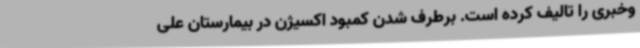
وخبری را تالیف کرده است‌. برطرف شدن کمبود اکسیژن در بیمارستان علی